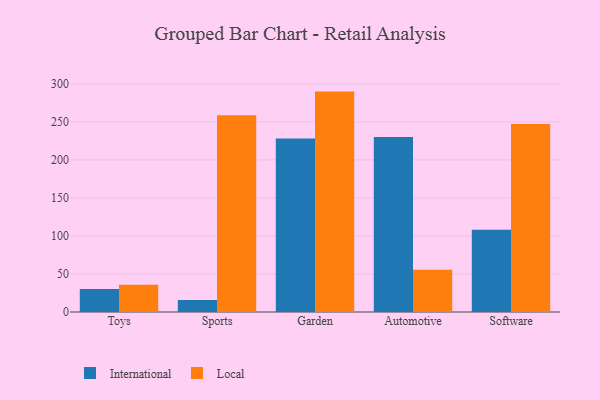
{"axis": {"x": "Category", "y": "Market Share (%)"}, "legend": ["International", "Local"], "data": [{"x": "Toys", "y": 30.2, "type": "International"}, {"x": "Toys", "y": 35.9, "type": "Local"}, {"x": "Sports", "y": 15.9, "type": "International"}, {"x": "Sports", "y": 258.8, "type": "Local"}, {"x": "Garden", "y": 228.2, "type": "International"}, {"x": "Garden", "y": 289.8, "type": "Local"}, {"x": "Automotive", "y": 230.1, "type": "International"}, {"x": "Automotive", "y": 55.5, "type": "Local"}, {"x": "Software", "y": 108.2, "type": "International"}, {"x": "Software", "y": 247.2, "type": "Local"}]}